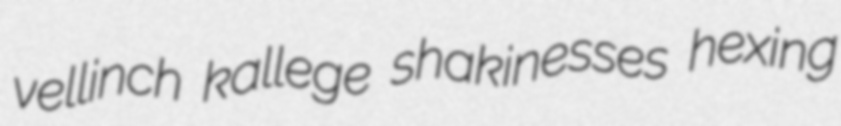
vellinch kallege shakinesses hexing